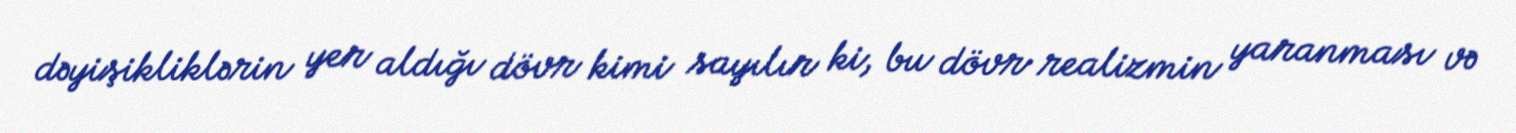
dəyişikliklərin yer aldığı dövr kimi sayılır ki, bu dövr realizmin yaranması və